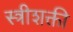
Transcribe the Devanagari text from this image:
स्त्रीशक्ती